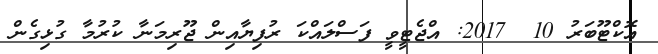
އޮކްޓޫބަރު 10  2017: އްޖެޓީވީ ފަސްލައްކަ ރުފިޔާއިން ޖޫރިމަނާ ކުރުމާ ގުޅިގެން